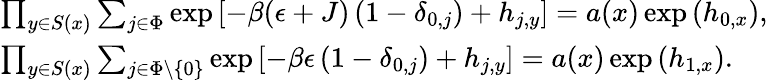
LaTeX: \begin{array}{ll}{\prod_{y\in S(x)}\sum_{j\in\Phi}\exp\left[-\beta(\epsilon+J)\left(1-\delta_{0,j}\right)+h_{j,y}\right]=a(x)\exp\, (h_{0,x}),}\\ {\prod_{y\in S(x)}\sum_{j\in\Phi\setminus\{ 0\} }\exp\left[-\beta\epsilon\left(1-\delta_{0,j}\right)+h_{j,y}\right]=a(x)\exp\, (h_{1,x}).}\end{array}